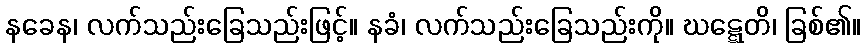
နခေန၊ လက်သည်းခြေသည်းဖြင့်။ နခံ၊ လက်သည်းခြေသည်းကို။ ဃဋ္ဋေတိ၊ ခြစ်၏။